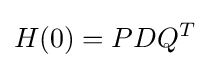
H(0)=PDQ^{T}